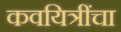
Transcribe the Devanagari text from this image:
कवयित्रींचा